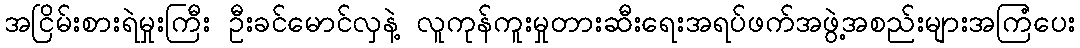
အငြိမ်းစားရဲမှုးကြီး ဦးခင်မောင်လှနဲ့ လူကုန်ကူးမှုတားဆီးရေးအရပ်ဖက်အဖွဲ့အစည်းများအကြံပေး